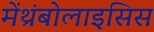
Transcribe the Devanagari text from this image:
मेंथ्रंबोलाइसिस